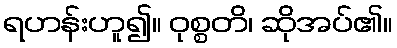
ရဟန်းဟူ၍။ ဝုစ္စတိ၊ ဆိုအပ်၏။